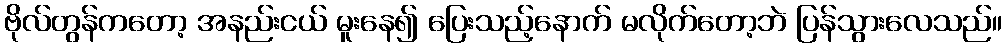
ဗိုလ်တွန်ကတော့ အနည်းငယ် မူးနေ၍ ပြေးသည့်နောက် မလိုက်တော့ဘဲ ပြန်သွားလေသည်။